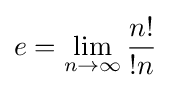
e=\lim _{n\to \infty }{\frac {n!}{!n}}